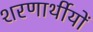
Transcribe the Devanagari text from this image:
शरणार्थीयों